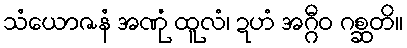
သံယောဇနံ အဏုံ ထူလံ၊ ဍဟံ အဂ္ဂီဝ ဂစ္ဆတိ။